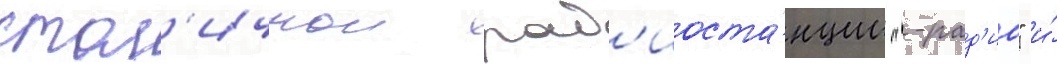
стол'ичнои рад'иоста́нции "-рад'ио" и́